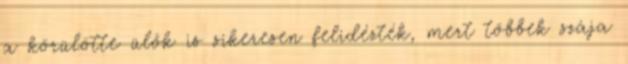
a körülötte ülők is sikeresen felidézték, mert többek szája